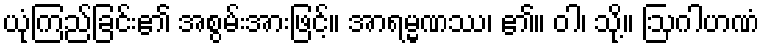
ယုံကြည်ခြင်း၏ အစွမ်းအားဖြင့်။ အာရမ္မဏဿ၊ ၏။ ဝါ၊ သို့။ ဩဂါဟဏံ